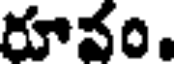
రూవం.